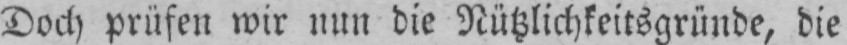
Doch prüfen wir nun die Nützlichkeitsgründe, die